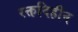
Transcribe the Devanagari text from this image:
रक्तविहीन